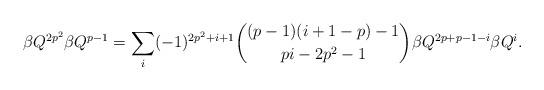
LaTeX: \begin{align*}\beta Q^{2p^2}\beta Q^{p-1}=\sum_{i}(-1)^{2p^2+i+1}\binom{(p-1)(i+1-p)-1}{pi-2p^2-1}\beta Q^{2p+p-1-i}\beta Q^i.\end{align*}